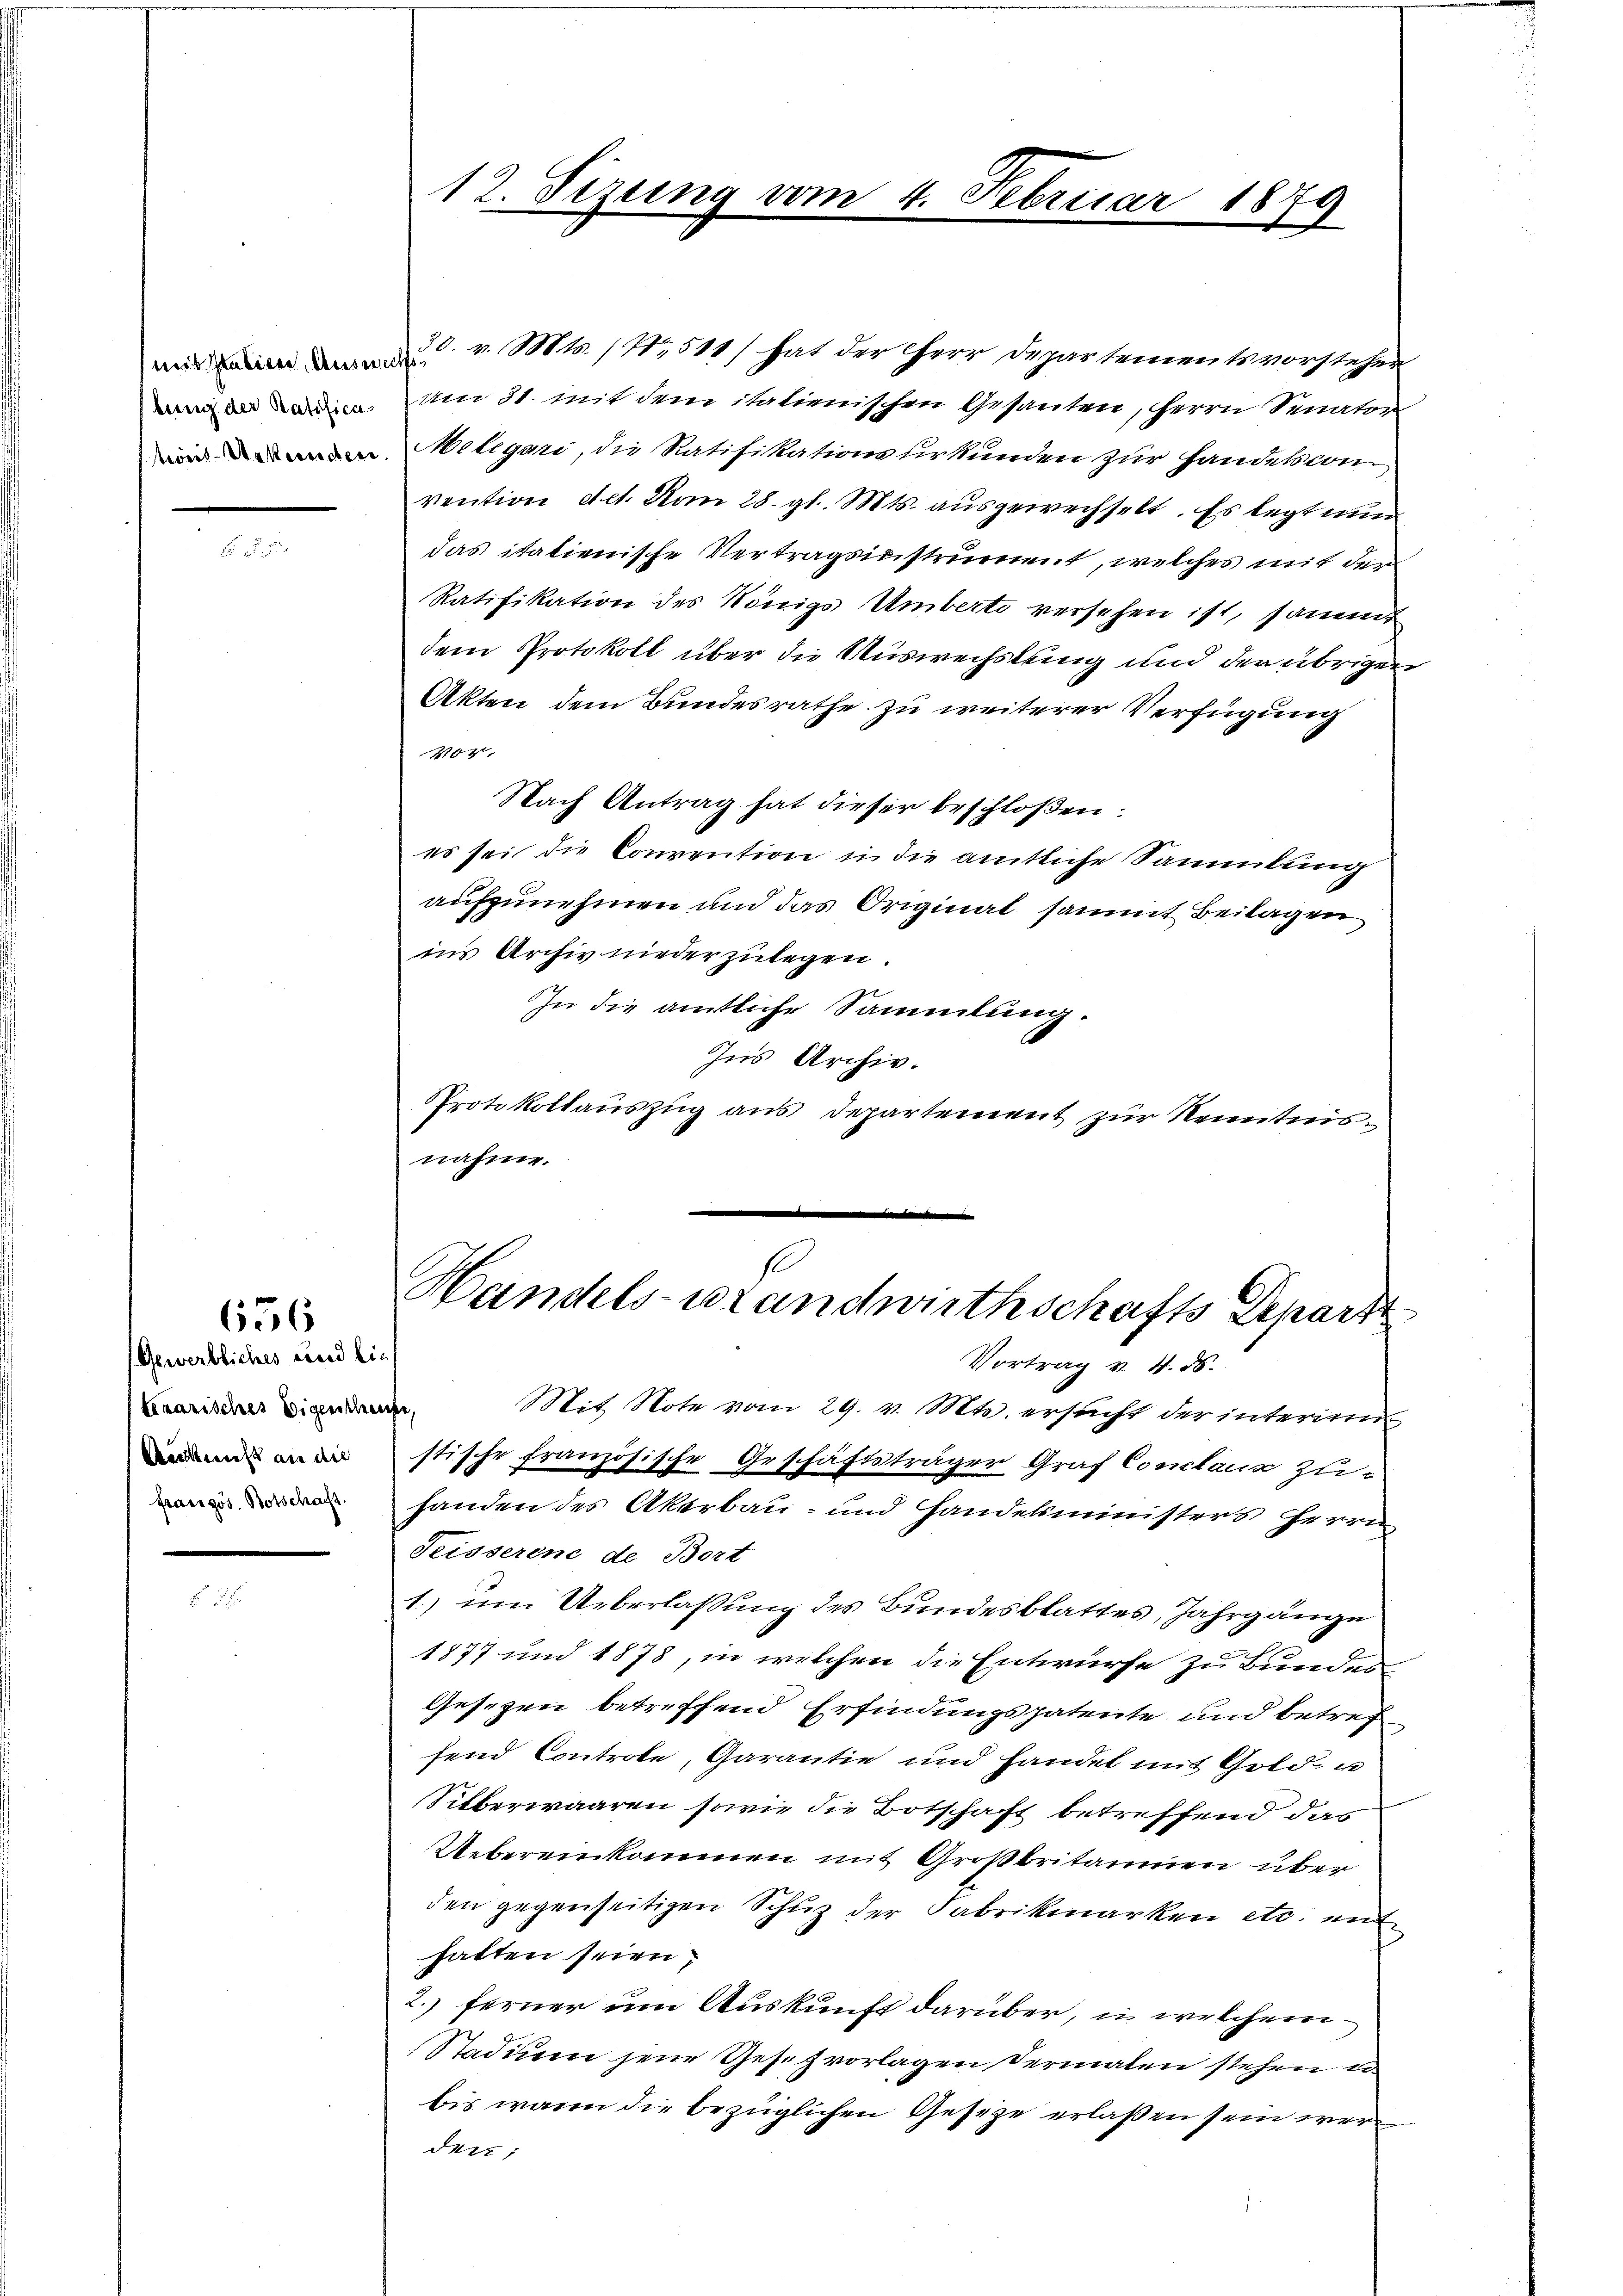
bung der Ratifica¬

656

Gewerbliches und lie
tekarisches Eigenschaufe,
Ain nicht an die
französ. Botschaft

n v. Mts. 1417,511/ hat der Herr Departementsvorsteher
am 31. mit dem italienischen Gesanten, Herrn Senator
Melegari, die Ratifikationsurkunden zur Handescon
vention det. Vom 28. gl. Mts. ausgewechselt. Es legt nun
das italienische Vertragsinstrument, welches mit der
Ratifikation des Königs Umberte versehen ist, sammt
dem Protokoll über die Auswechslung und der übrigen
Akten dem Bundesrathe zu weiterer Verfügung
2144.
Nach Antrag hat dieser beschloßen:
es sei die Convention in die amtliche Sammlung
aufzunehmen und das Original sammt Beilagen
ins Archiv niederzulegen.
In die amtliche Sammlung.
Ins Archiv.
Protokollauszug aus Departement zur Kenntnisnahme.
.
e
s

Mit Note vom 29. v. Mts. ersucht der interin
stische französische Geschäftsträger Graf Conclaus Zuhanden des Akerbau- und Handelsministers Herrn
Teisserene de Bort
1.) um Ueberlaßung des Bundesblattes, Jahrgänge
1877 und 1878, in welchen die Entwürfe zu Bundes
Gesezen betreffend Erfindungspatente und betref
fend Controle, Garantie und handel mit Gold- u
Silberwaaren sowie die Botschaft betreffend das
Uebereinkommen mit Großbritanien über
den gegenseitigen Schuz der Fabrikmarken etc. mit
hatten seien;
2. Ferner um Auskunft darüber, in welchem
Stadium jene Gesetz vorlagen dermalen stehen u
bis wann die bezüglichen Geseze erlaßen sein wer
den;

12. Sizung vom 4

Februar 1820.
.
2

s
Handels-Brandwirthschafts Depart
Vortrag v. 4. ds.